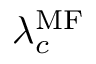
\lambda _ { c } ^ { \mathrm { M F } }